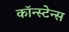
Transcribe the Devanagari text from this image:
कॉन्स्टेन्स